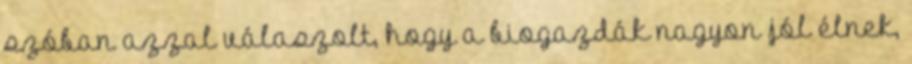
szóban azzal válaszolt, hogy a biogazdák nagyon jól élnek,